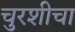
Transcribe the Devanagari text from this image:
चुरशीचा